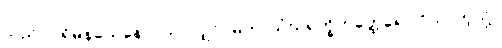
သည်။ ပုရိမနယေနေဝ၊ သာလျှင်။ မဟာသံဃရက္ခိတတ္ထေရော ဝိယ၊ ကဲ့သို့။